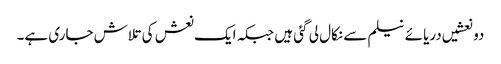
دو نعشیں دریائے نیلم سے نکال لی گئی ہیں جبکہ ایک نعش کی تلاش جاری ہے۔